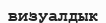
визуалдык